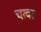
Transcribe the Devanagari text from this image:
चत्वरः